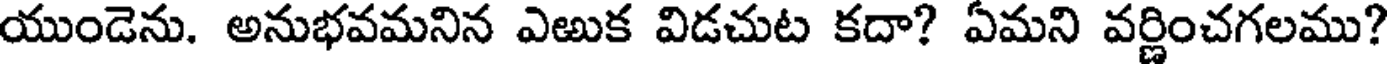
యుండెను. అనుభవమనిన ఎఱుక విడచుట కదా? ఏమని వర్ణించగలము?